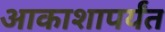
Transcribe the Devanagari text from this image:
आकाशापर्यंत